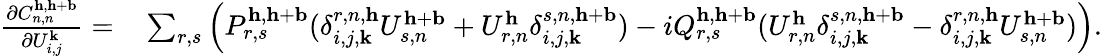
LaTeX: \begin{array}{rl}{\frac{\partial C_{n,n}^{\mathbf{h},\mathbf{h}+\mathbf{b}}}{\partial U_{i,j}^{\mathbf{k}}}=}&{{}\sum_{r,s}\left(P_{r,s}^{\mathbf{h},\mathbf{h}+\mathbf{b}}(\delta_{i,j,\mathbf{k}}^{r,n,\mathbf{h}}U_{s,n}^{\mathbf{h}+\mathbf{b}}+U_{r,n}^{\mathbf{h}}\delta_{i,j,\mathbf{k}}^{s,n,\mathbf{h}+\mathbf{b}})-iQ_{r,s}^{\mathbf{h},\mathbf{h}+\mathbf{b}}(U_{r,n}^{\mathbf{h}}\delta_{i,j,\mathbf{k}}^{s,n,\mathbf{h}+\mathbf{b}}-\delta_{i,j,\mathbf{k}}^{r,n,\mathbf{h}}U_{s,n}^{\mathbf{h}+\mathbf{b}})\right).}\end{array}